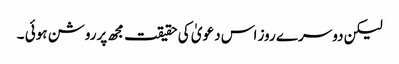
لیکن دوسرے روز اس دعویٰ کی حقیقت مجھ پرروشن ہوئی ۔